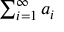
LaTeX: \textstyle \sum _ { i = 1 } ^ { \infty } a _ { i }